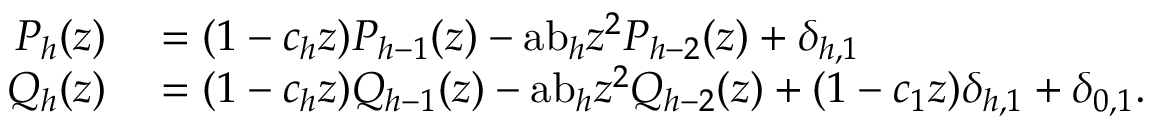
\begin{array} { r l } { P _ { h } ( z ) } & { { } = ( 1 - c _ { h } z ) P _ { h - 1 } ( z ) - { \mathrm { a b } } _ { h } z ^ { 2 } P _ { h - 2 } ( z ) + \delta _ { h , 1 } } \\ { Q _ { h } ( z ) } & { { } = ( 1 - c _ { h } z ) Q _ { h - 1 } ( z ) - { \mathrm { a b } } _ { h } z ^ { 2 } Q _ { h - 2 } ( z ) + ( 1 - c _ { 1 } z ) \delta _ { h , 1 } + \delta _ { 0 , 1 } . } \end{array}